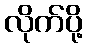
လိုက်ပို့